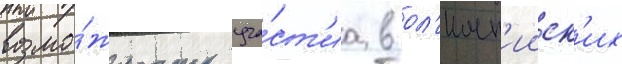
возмо́жность уча́ст'иа в ол'имп'ииск'их